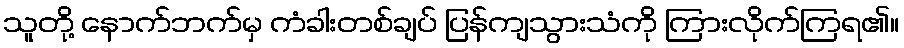
သူတို့ နောက်ဘက်မှ ကံခါးတစ်ချပ် ပြန်ကျသွားသံကို ကြားလိုက်ကြရ၏။